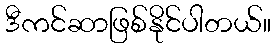
ဒီကင်ဆာဖြစ်နိုင်ပါတယ်။